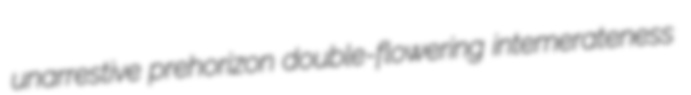
unarrestive prehorizon double-flowering intemerateness